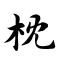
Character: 枕